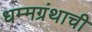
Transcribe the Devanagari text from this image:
धम्मग्रंथाची